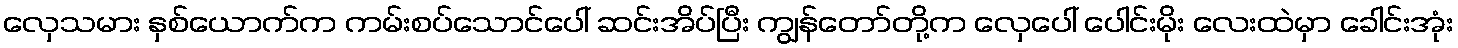
လှေသမား နှစ်ယောက်က ကမ်းစပ်သောင်ပေါ် ဆင်းအိပ်ပြီး ကျွန်တော်တို့က လှေပေါ် ပေါင်းမိုး လေးထဲမှာ ခေါင်းအုံး